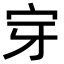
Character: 𭓟